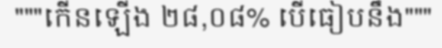
"""កើនឡើង ២៨,០៨% បើធៀបនឹង"""